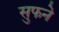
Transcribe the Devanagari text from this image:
सुफने